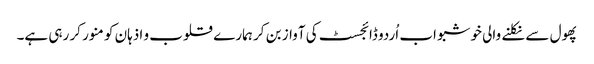
پھول سے نکلنے والی خوشبو اب اُردو ڈائجسٹ کی آواز بن کر ہمارے قلوب و اذہان کو منور کر رہی ہے۔